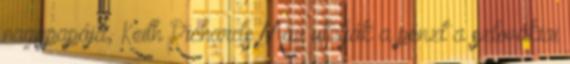
nagypapája, Keith Richards Már utalják a pénzt a szlovákiai